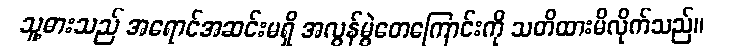
သူ့ဓားသည် အရောင်အဆင်းမရှိ အလွန်မွဲတေကြောင်းကို သတိထားမိလိုက်သည်။